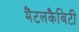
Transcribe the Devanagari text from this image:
मैंटलकैबिटी